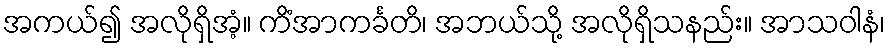
အကယ်၍ အလိုရှိအံ့။ ကိံအာကင်္ခတိ၊ အဘယ်သို့ အလိုရှိသနည်း။ အာသဝါနံ၊